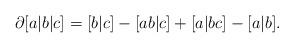
LaTeX: \begin{align*}\partial[a|b|c] = [b|c]-[ab|c]+[a|bc]-[a|b]. \end{align*}